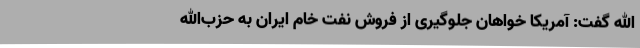
الله گفت: آمریکا خواهان جلوگیری از فروش نفت خام ایران به حزب‌الله